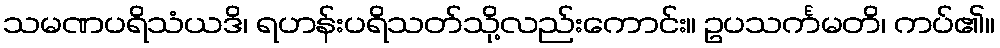
သမဏပရိသံယဒိ၊ ရဟန်းပရိသတ်သို့လည်းကောင်း။ ဥပသင်္ကမတိ၊ ကပ်၏။